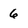
Character: 6